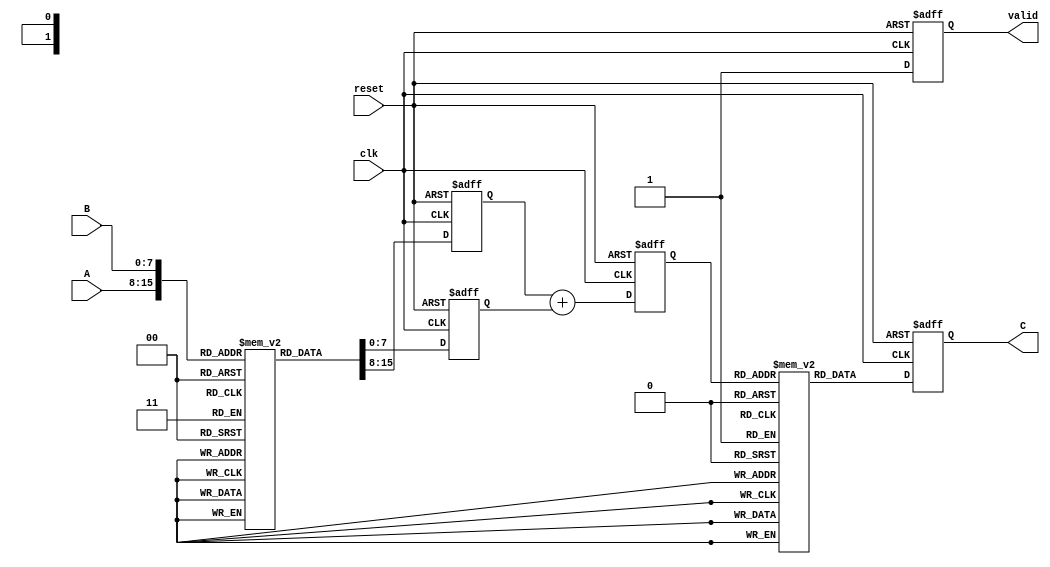
module LogarithmicMultiplier #(
    parameter WIDTH = 8, // Bit-width of input operands
    parameter LUT_SIZE = 256 // Size of the LUT for logarithm and exponential
)(
    input wire clk,
    input wire reset,
    input wire [WIDTH-1:0] A, // Input operand A
    input wire [WIDTH-1:0] B, // Input operand B
    output reg [2*WIDTH-1:0] C, // Output product C = A * B
    output reg valid // Output valid signal
);

    // Logarithm and Exponential LUTs
    reg [WIDTH-1:0] log_lut [0:LUT_SIZE-1]; // Logarithm LUT
    reg [2*WIDTH-1:0] exp_lut [0:LUT_SIZE-1]; // Exponential LUT

    // Internal signals
    reg [WIDTH-1:0] log_A;
    reg [WIDTH-1:0] log_B;
    reg [WIDTH-1:0] log_sum;

    // Initialize LUTs (this should be done in a more sophisticated way)
    initial begin
        // Populate log_lut and exp_lut with appropriate values
        // For simplicity, we assume log_lut and exp_lut are filled with correct values
        // In practice, you would compute these values based on the logarithm and exponential functions
    end

    // Logarithmic conversion
    always @(posedge clk or posedge reset) begin
        if (reset) begin
            log_A <= 0;
            log_B <= 0;
            log_sum <= 0;
            C <= 0;
            valid <= 0;
        end else begin
            log_A <= log_lut[A]; // Convert A to log(A)
            log_B <= log_lut[B]; // Convert B to log(B)
            log_sum <= log_A + log_B; // log(A) + log(B)
            C <= exp_lut[log_sum]; // Convert back to linear scale
            valid <= 1; // Indicate that output is valid
        end
    end

endmodule